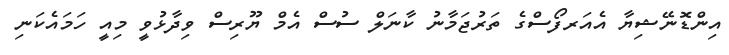
އިންޑޮނޭޝިޔާ އެއަރފޯސްގެ ތަރުޖަމާނު ކާނަލް ސުސް އެމް ޔޫރިސް ވިދާޅުވީ މިއީ ހަމައެކަނި